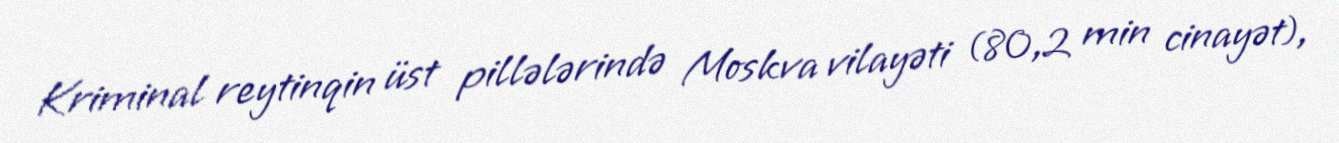
Kriminal reytinqin üst pillələrində Moskva vilayəti (80,2 min cinayət),